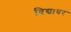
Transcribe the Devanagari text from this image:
विद्याघर